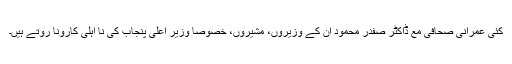
کئی عمرانی صحافی مع ڈاکٹر صفدر محمود ان کے وزیروں، مشیروں، خصوصاً وزیر اعلیٰ پنجاب کی نا اہلی کارونا روتے ہیں۔